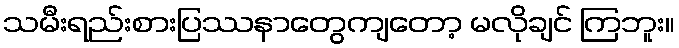
သမီးရည်းစားပြဿနာတွေကျတော့ မလိုချင် ကြဘူး။